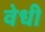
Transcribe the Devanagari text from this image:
वेधी